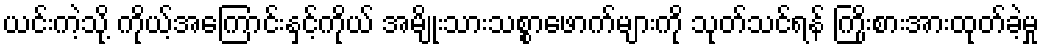
ယင်းကဲ့သို့ ကိုယ့်အကြောင်းနှင့်ကိုယ် အမျိုးသားသစ္စာဖောက်များကို သုတ်သင်ရန် ကြိုးစားအားထုတ်ခဲ့မှု